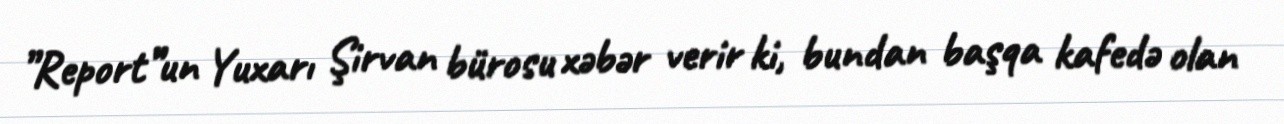
”Report”un Yuxarı Şirvan bürosu xəbər verir ki, bundan başqa kafedə olan